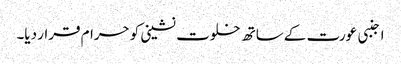
اجنبی عورت کے ساتھ خلوت نشینی کو حرام قرار دیا۔